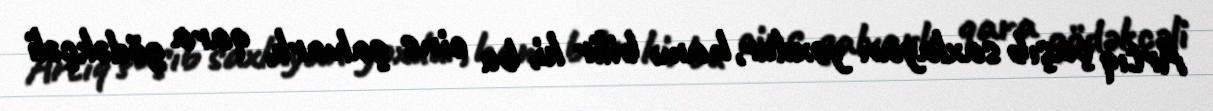
Artıq çaşıb saxlayan yoxdur, hamı bilir ki, bu cins şalvarlı, qara gödəkçəli